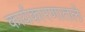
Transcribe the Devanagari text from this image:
कार्यकारणातले